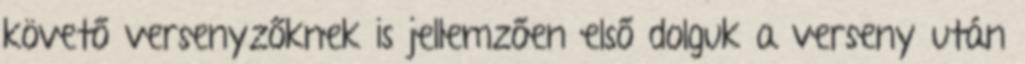
követő versenyzőknek is jellemzően első dolguk a verseny után